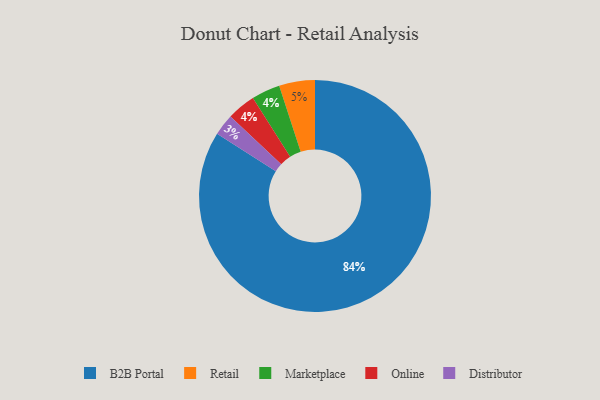
{"axis": {"x": "Category", "y": "Percentage"}, "legend": ["B2B Portal", "Distributor", "Marketplace", "Online", "Retail"], "data": [{"x": "B2B Portal", "y": 84, "type": "B2B Portal"}, {"x": "Retail", "y": 5, "type": "Retail"}, {"x": "Marketplace", "y": 4, "type": "Marketplace"}, {"x": "Distributor", "y": 3, "type": "Distributor"}, {"x": "Online", "y": 4, "type": "Online"}]}